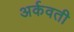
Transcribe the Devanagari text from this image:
अर्कवती